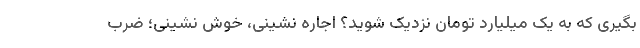
بگیری که به یک میلیارد تومان نزدیک شوید؟ اجاره نشینی، خوش نشینی؛ ضرب